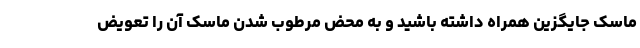
ماسک جایگزین همراه داشته باشید و به محض مرطوب شدن ماسک آن را تعویض